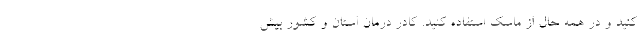
کنید و در همه حال از ماسک استفاده کنید. کادر درمان استان و کشور بیش